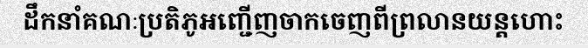
ដឹកនាំគណៈប្រតិភូអញ្ជើញចាកចេញពីព្រលានយន្តហោះ